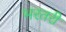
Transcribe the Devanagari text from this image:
भरतरी